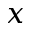
x